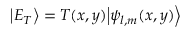
{ \left| { E _ { T } } \right\rangle } = T ( x , y ) { \left| { \psi _ { l , m } ( x , y ) } \right\rangle }